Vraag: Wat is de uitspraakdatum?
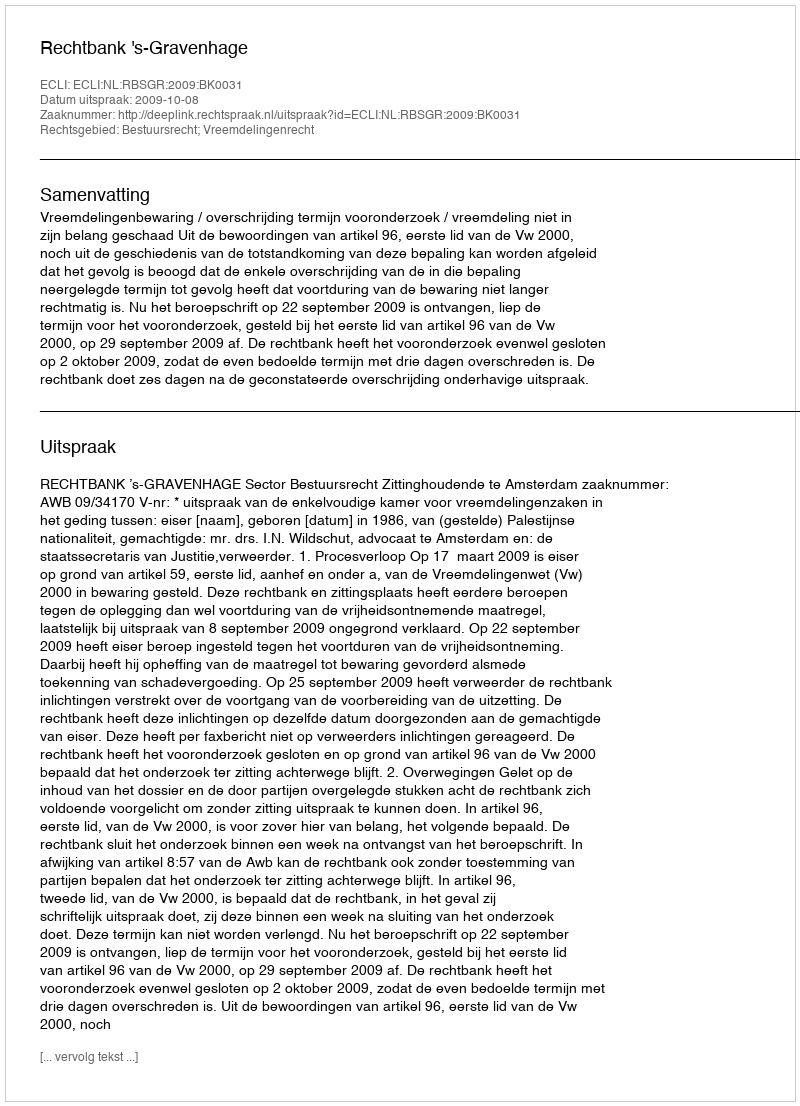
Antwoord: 2009-10-08